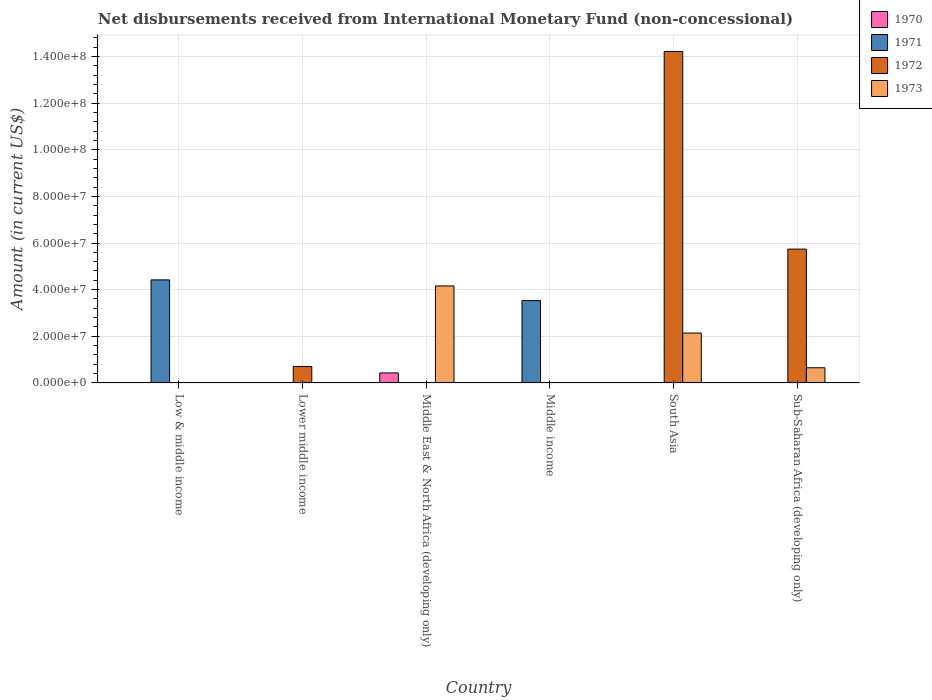
| Country | 1970 | 1971 | 1972 | 1973 |
 | --- | --- | --- | --- | --- |
 | Low & middle income | -1.63e+08 | 4.42e+07 | -1.71e+07 | -1.37e+08 |
 | Lower middle income | -2.66e+07 | -2.57e+07 | 7.06e+06 | -5.09e+07 |
 | Middle East & North Africa (developing only) | 4.3e+06 | -2.56e+06 | -8.06e+07 | 4.16e+07 |
 | Middle income | -1.57e+08 | 3.53e+07 | -9.49e+07 | -1.57e+08 |
 | South Asia | -4.59e+07 | -1.32e+07 | 1.42e+08 | 2.14e+07 |
 | Sub-Saharan Africa (developing only) | -4.43e+07 | -1.79e+07 | 5.74e+07 | 6.51e+06 |